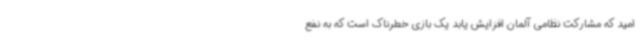
امید که مشارکت نظامی آلمان افزایش یابد یک بازی خطرناک است که به نفع